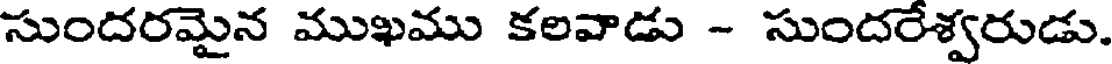
సుందరమైన ముఖము కలవాడు - సుందరేశ్వరుడు.